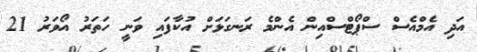
އަދި އެމްއެސް ސްޕޯޓްސްއިން އެންމެ ރަނގަޅަށް އުކާފައި ވަނީ ހަތަރު އޯވަރު 21